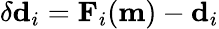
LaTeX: \delta\mathbf{d}_{i}=\mathbf{F}_{i}(\mathbf{m})-\mathbf{d}_{i}